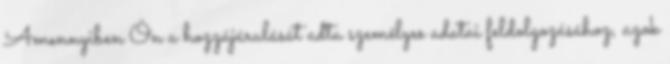
Amennyiben Ön a hozzájárulását adta személyes adatai feldolgozásához, azok